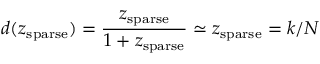
d ( z _ { \mathrm { s p a r s e } } ) = \frac { z _ { \mathrm { s p a r s e } } } { 1 + z _ { \mathrm { s p a r s e } } } \simeq z _ { \mathrm { s p a r s e } } = k / N